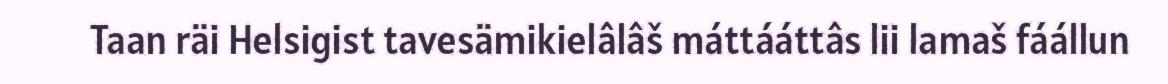
Taan räi Helsigist tavesämikielâlâš máttááttâs lii lamaš fáállun